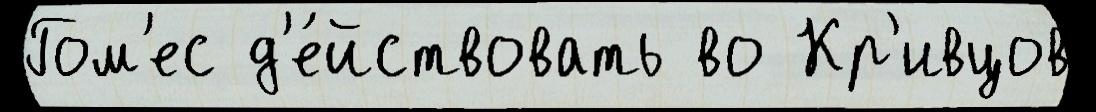
Гом'ес д'е́йствовать во Кр'ивцов